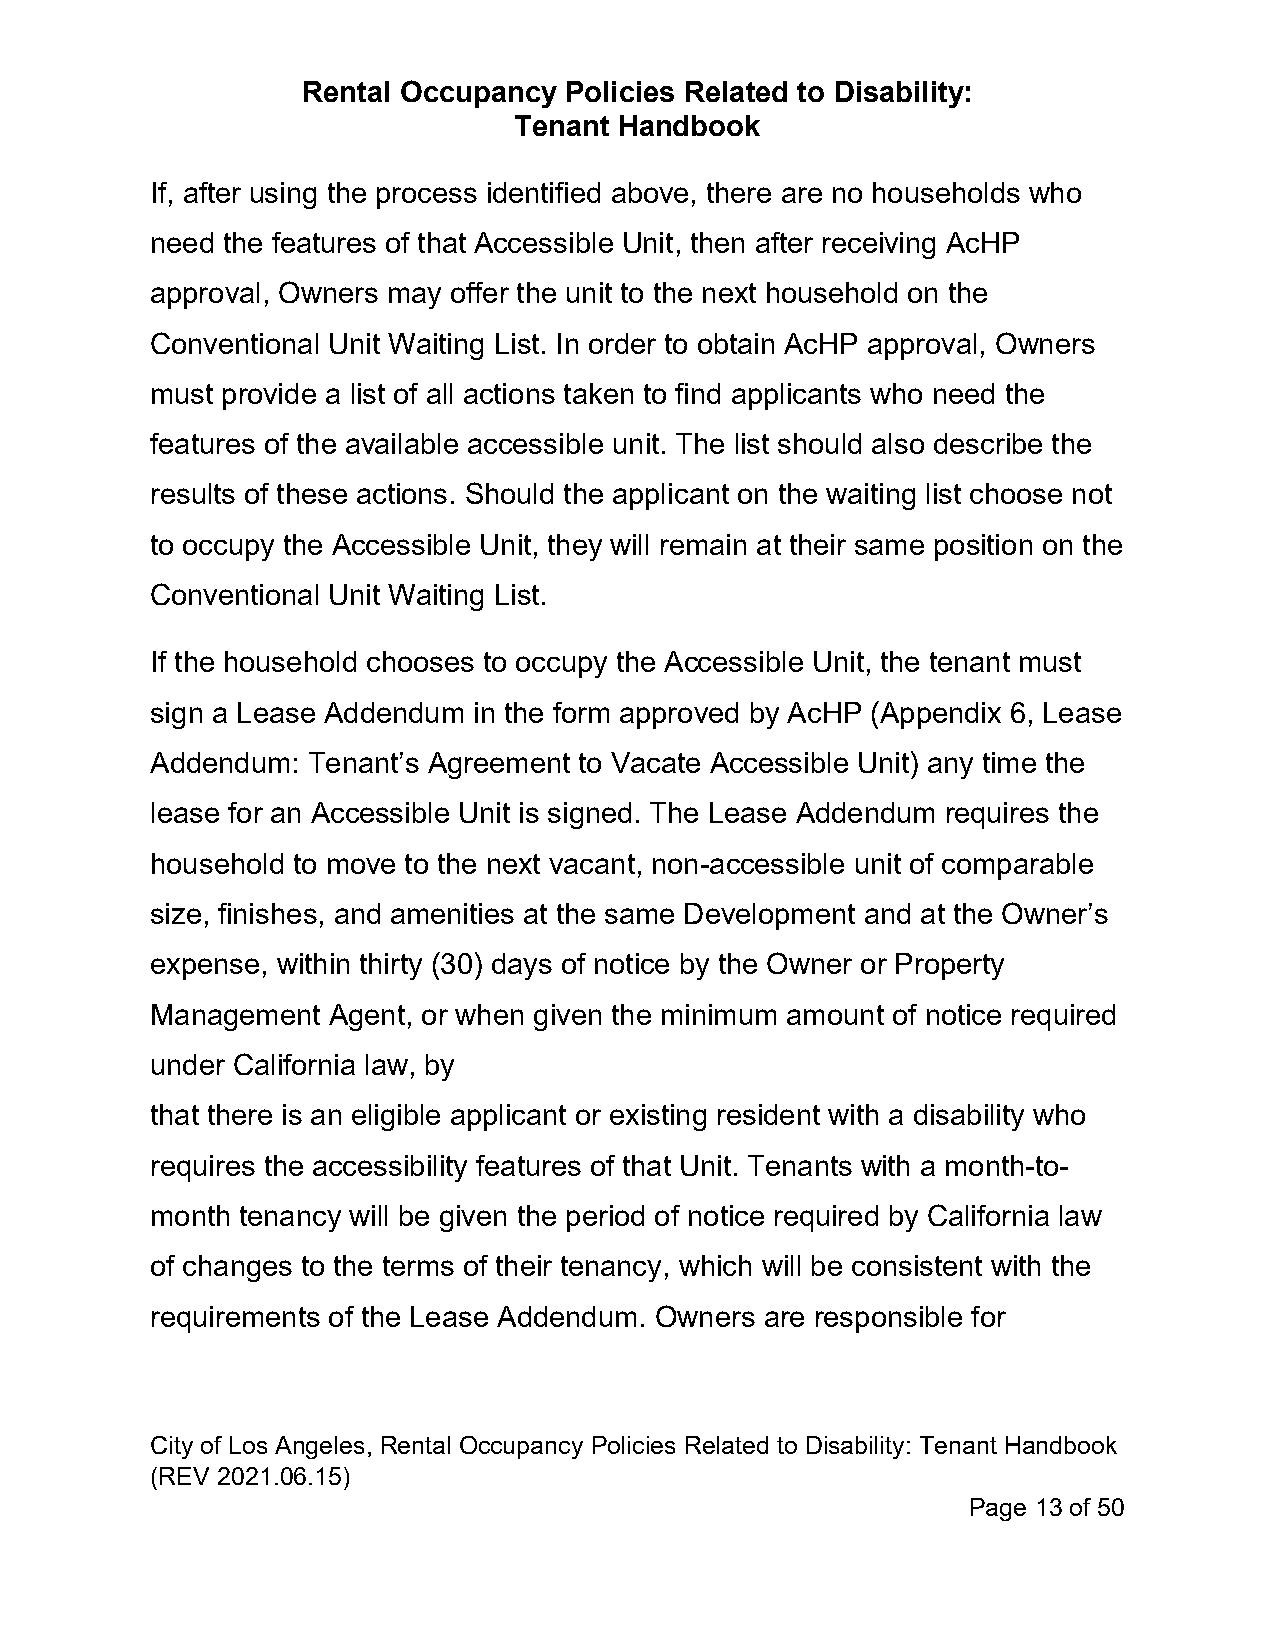
Rental Occupancy Policies Related to Disability:
 Tenant Handbook
 If, after using the process identified above, there are no households who
 need the features of that Accessible Unit, then after receiving AcHP
 approval, Owners may offer the unit to the next household on the
 Conventional Unit Waiting List. In order to obtain AcHP approval, Owners
 must provide a list of all actions taken to find applicants who need the
 features of the available accessible unit. The list should also describe the
 results of these actions. Should the applicant on the waiting list choose not
 to occupy the Accessible Unit, they will remain at their same position on the
 Conventional Unit Waiting List.
 If the household chooses to occupy the Accessible Unit, the tenant must
 sign a Lease Addendum in the form approved by AcHP (Appendix 6, Lease
 Addendum: Tenant’s Agreement to Vacate Accessible Unit) any time the
 lease for an Accessible Unit is signed. The Lease Addendum requires the
 household to move to the next vacant, non-accessible unit of comparable
 size, finishes, and amenities at the same Development and at the Owner’s
 expense, within thirty (30) days of notice by the Owner or Property
 Management  Agent, or when given the minimum amount of notice required
 under California law, by
 that there is an eligible applicant or existing resident with a disability who
 requires the accessibility features of that Unit. Tenants with a month-to-
 month tenancy will be given the period of notice required by California law
 of changes to the terms of their tenancy, which will be consistent with the
 requirements of the Lease Addendum. Owners are responsible for
 City of Los Angeles, Rental Occupancy Policies Related to Disability: Tenant Handbook
 (REV 2021.06.15)
 Page 13 of 50